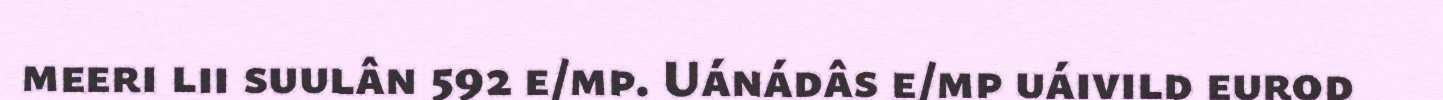
meeri lii suulân 592 e/mp. Uánádâs e/mp uáivild eurod